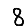
Digit: 8